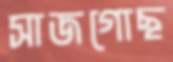
সাজগোছ